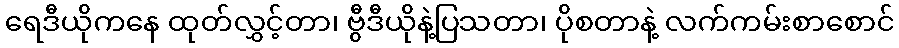
ရေဒီယိုကနေ ထုတ်လွှင့်တာ၊ ဗွီဒီယိုနဲ့ပြသတာ၊ ပိုစတာနဲ့ လက်ကမ်းစာစောင်